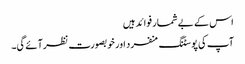
اس کے بے شمار فوائد ہیں
آپ کی پوسٹنگ منفرد اور خوبصورت نظر آئے گی۔